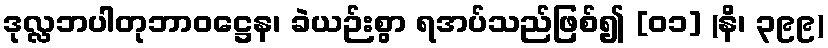
ဒုလ္လဘပါတုဘာဝဋ္ဌေန၊ ခဲယဉ်းစွာ ရအပ်သည်ဖြစ်၍ [၀၁] (နိ၊ ၃၉၉)